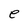
Character: e